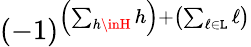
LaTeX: (-1)^{\left(\sum_{h\inH}h\right)+\left(\sum_{\ell\in\mathtt{L}}\ell\right)}